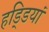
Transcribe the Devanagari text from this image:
हडि्डयां